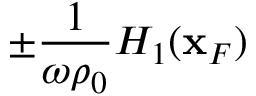
\pm \frac { 1 } { \omega \rho _ { 0 } } { \cal H } _ { 1 } ( { \bf x } _ { F } )